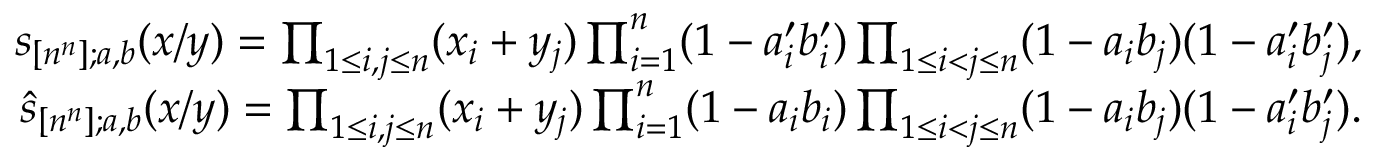
\begin{array} { r } { s _ { [ n ^ { n } ] ; a , b } ( x / y ) = \prod _ { 1 \leq i , j \leq n } ( x _ { i } + y _ { j } ) \prod _ { i = 1 } ^ { n } ( 1 - a _ { i } ^ { \prime } b _ { i } ^ { \prime } ) \prod _ { 1 \leq i < j \leq n } ( 1 - a _ { i } b _ { j } ) ( 1 - a _ { i } ^ { \prime } b _ { j } ^ { \prime } ) , } \\ { \widehat { s } _ { [ n ^ { n } ] ; a , b } ( x / y ) = \prod _ { 1 \leq i , j \leq n } ( x _ { i } + y _ { j } ) \prod _ { i = 1 } ^ { n } ( 1 - a _ { i } b _ { i } ) \prod _ { 1 \leq i < j \leq n } ( 1 - a _ { i } b _ { j } ) ( 1 - a _ { i } ^ { \prime } b _ { j } ^ { \prime } ) . } \end{array}